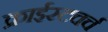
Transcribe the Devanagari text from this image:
क्राईस्टचर्च